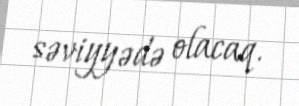
səviyyədə olacaq.